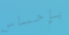
بإحساس